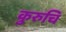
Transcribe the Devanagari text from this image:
कुरुचि